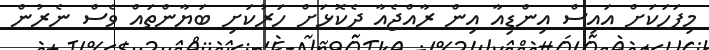
މިފަހަކަށް އައިސް އިންޑިއާ އިން ރާއްޖެއާ ދެކޮޅަށް ހަރުކަށި ބަޔާންތައް ވެސް ނެރުން